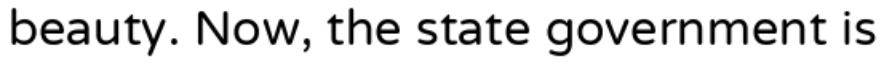
beauty. Now, the state government is